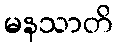
မနသာတိ